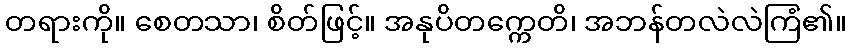
တရားကို။ စေတသာ၊ စိတ်ဖြင့်။ အနုပိတက္ကေတိ၊ အဘန်တလဲလဲကြံ၏။